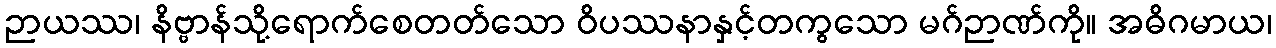
ဉာယဿ၊ နိဗ္ဗာန်သို့ရောက်စေတတ်သော ဝိပဿနာနှင့်တကွသော မဂ်ဉာဏ်ကို။ အဓိဂမာယ၊